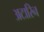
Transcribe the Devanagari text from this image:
अटारिन